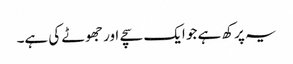
یہ پرکھ ہے جو ایک سچے اور جھوٹے کی ہے۔